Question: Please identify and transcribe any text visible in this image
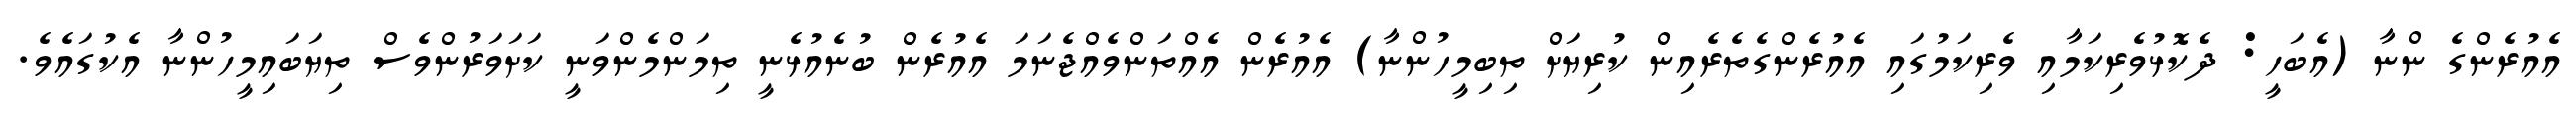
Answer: އެއުރެންގެ ންނާ (އެބަހީ: ދެކޮޅުވެރިކަމާއި ވެރިކަމުގައި އެއުރެންގެތެރެއިން ކުރިޔަށް ތިބިމީހުންނާ) އެއުރެން އެއްތަންވެއްޖެނަމަ އެއުރެން ބުނެއުޅެނީ ތިމަންމެންވަނީ ކަށަވަރުންވެސް ތިޔަބައިމީހުންނާ އެކުގައެވެ.